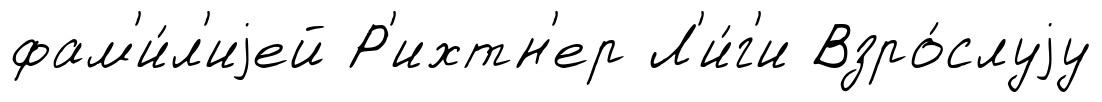
фам'и́л'иjей Р'ихтн'ер Л'и́г'и Взро́слуjу